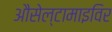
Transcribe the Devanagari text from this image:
औसेल्टामाइविर